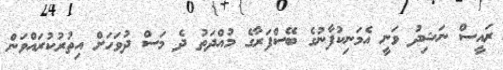
ރައީސް ނަޝިދު ވަނީ އެމަނިކުފާނުގެ ބޭސްފަރާގެ މުއްދަތު ދެ މަސް ދުވަހަށް އިތުރުކުރައްވަން